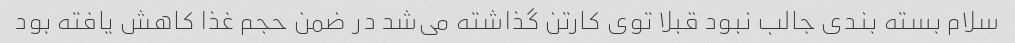
سلام بسته بندی جالب نبود قبلا توی کارتن گذاشته می‌شد در ضمن حجم غذا کاهش یافته بود